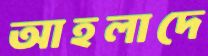
আহলাদে